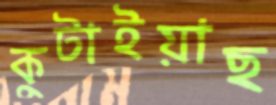
কুটাইয়াছ